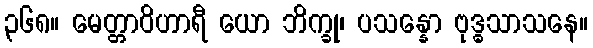
၃၆၈။ မေတ္တာဝိဟာရီ ယော ဘိက္ခု၊ ပသန္နော ဗုဒ္ဓသာသနေ။